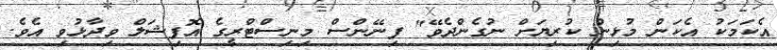
އެކަމަކު އެކަން މުޅިން ކުރިޔަށް ނުގެންދެވޭ" ފިނޭންސް މިނިސްޓްރީގެ އޮފިޝަލް ވިދާޅުވި އެވެ.